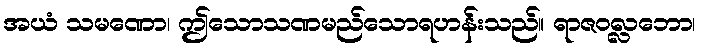
အယံ သမဏော၊ ဤသောသဏမည်သောရဟန်းသည်။ ရာဇဝလ္လဘော၊